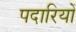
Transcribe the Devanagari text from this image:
पदारियों